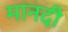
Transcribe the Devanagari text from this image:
मानदी